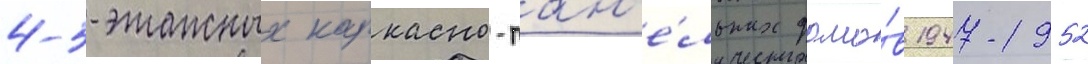
4-5-этажных каркасно-пан'е́льных домо́в 1947-1952